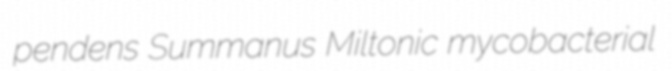
pendens Summanus Miltonic mycobacterial